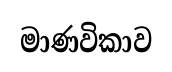
මාණවිකාව